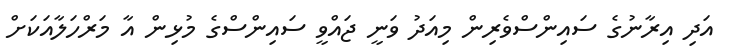
އަދި އިރާނުގެ ސައިންސްވެރިން މިއަދު ވަނީ ޖައްވީ ސައިންސްގެ މުޅިން އާ މަރްހަލާއަކަށް